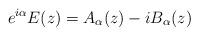
LaTeX: \begin{align*}e^{i\alpha}E(z)=A_\alpha(z)-iB_\alpha(z)\end{align*}